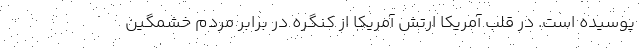
پوسیده است. در قلب آمریکا ارتش آمریکا از کنگره در برابر مردم خشمگین